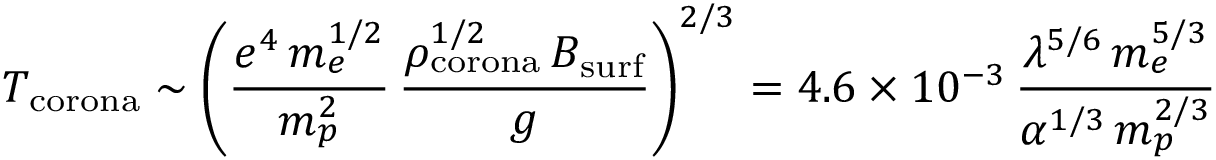
T _ { \mathrm { c o r o n a } } \sim \left( \frac { e ^ { 4 } \, m _ { e } ^ { 1 / 2 } } { m _ { p } ^ { 2 } } \, \frac { \rho _ { \mathrm { c o r o n a } } ^ { 1 / 2 } \, B _ { \mathrm { s u r f } } } { g } \right) ^ { 2 / 3 } = 4 . 6 \times 1 0 ^ { - 3 } \, \frac { \lambda ^ { 5 / 6 } \, m _ { e } ^ { 5 / 3 } } { \alpha ^ { 1 / 3 } \, m _ { p } ^ { 2 / 3 } }